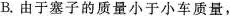
B.由于塞子的质量小于小车质量，